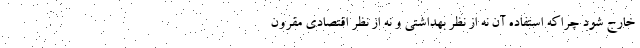
خارج شود چراکه استفاده آن نه از نظر بهداشتی و نه از نظر اقتصادی مقرون